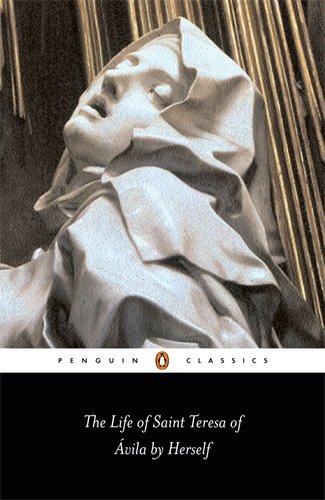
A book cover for The Life of Saint Teresa of Avila by Herself (Penguin Classics); Teresa of Avila; History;